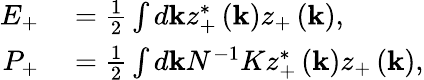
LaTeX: \begin{array}{rl}{E_{+}}&{{}=\frac{1}{2}\int d\mathbf{k}z_{+}^{*}\left(\mathbf{k}\right)z_{+}\left(\mathbf{k}\right),}\\ {P_{+}}&{{}=\frac{1}{2}\int d\mathbf{k}N^{-1}Kz_{+}^{*}\left(\mathbf{k}\right)z_{+}\left(\mathbf{k}\right),}\end{array}